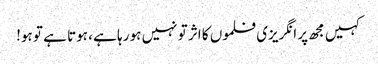
کہیں مجھ پر انگریزی فلموں کا اثر تو نہیں ہو رہا ہے ، ہوتا ہے تو ہو!